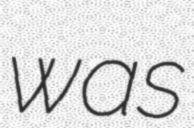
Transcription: was